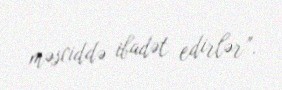
məsciddə ibadət edirlər”.